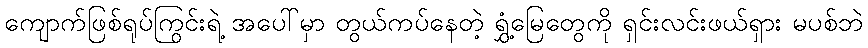
ကျောက်ဖြစ်ရုပ်ကြွင်းရဲ့ အပေါ်မှာ တွယ်ကပ်နေတဲ့ ရွှံ့မြေတွေကို ရှင်းလင်းဖယ်ရှား မပစ်ဘဲ